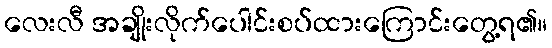
လေးလီ အချိုးလိုက်ပေါင်းစပ်ထားကြောင်းတွေ့ရ၏။